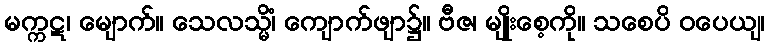
မက္ကဋ၊ မျောက်။ သေလသ္မိံ၊ ကျောက်ဖျာ၌။ ဗီဇ၊ မျိုးစေ့ကို။ သစေပိ ဝပေယျ၊